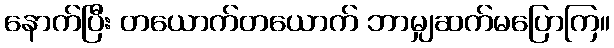
နောက်ပြီး တယောက်တယောက် ဘာမျှဆက်မပြောကြ။